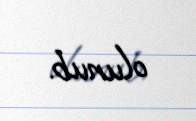
olunub.